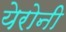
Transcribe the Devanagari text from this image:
येरोनी